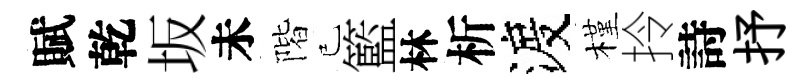
賦乾坂未階已籃林析渡槿拎詩抒